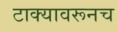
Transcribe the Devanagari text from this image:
टाक्यावरूनच